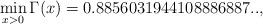
LaTeX: \begin{align*}\min_{x>0} \Gamma(x) = 0.8856031944108886887..,\end{align*}